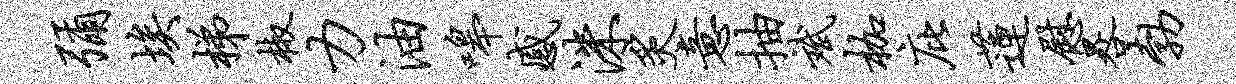
弥埃梯椒力油嗥感洙炙意抽斌枷庇莲慰晷勃